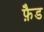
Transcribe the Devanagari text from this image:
फ़ैड